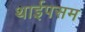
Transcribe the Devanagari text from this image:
थाईपसम